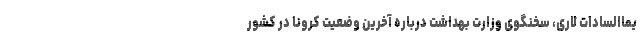
یماالسادات لاری، سخنگوی وزارت بهداشت درباره آخرین وضعیت کرونا در کشور